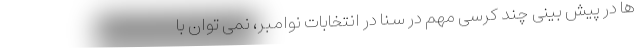
ها در پیش بینی چند کرسی مهم در سنا در انتخابات نوامبر، نمی توان با